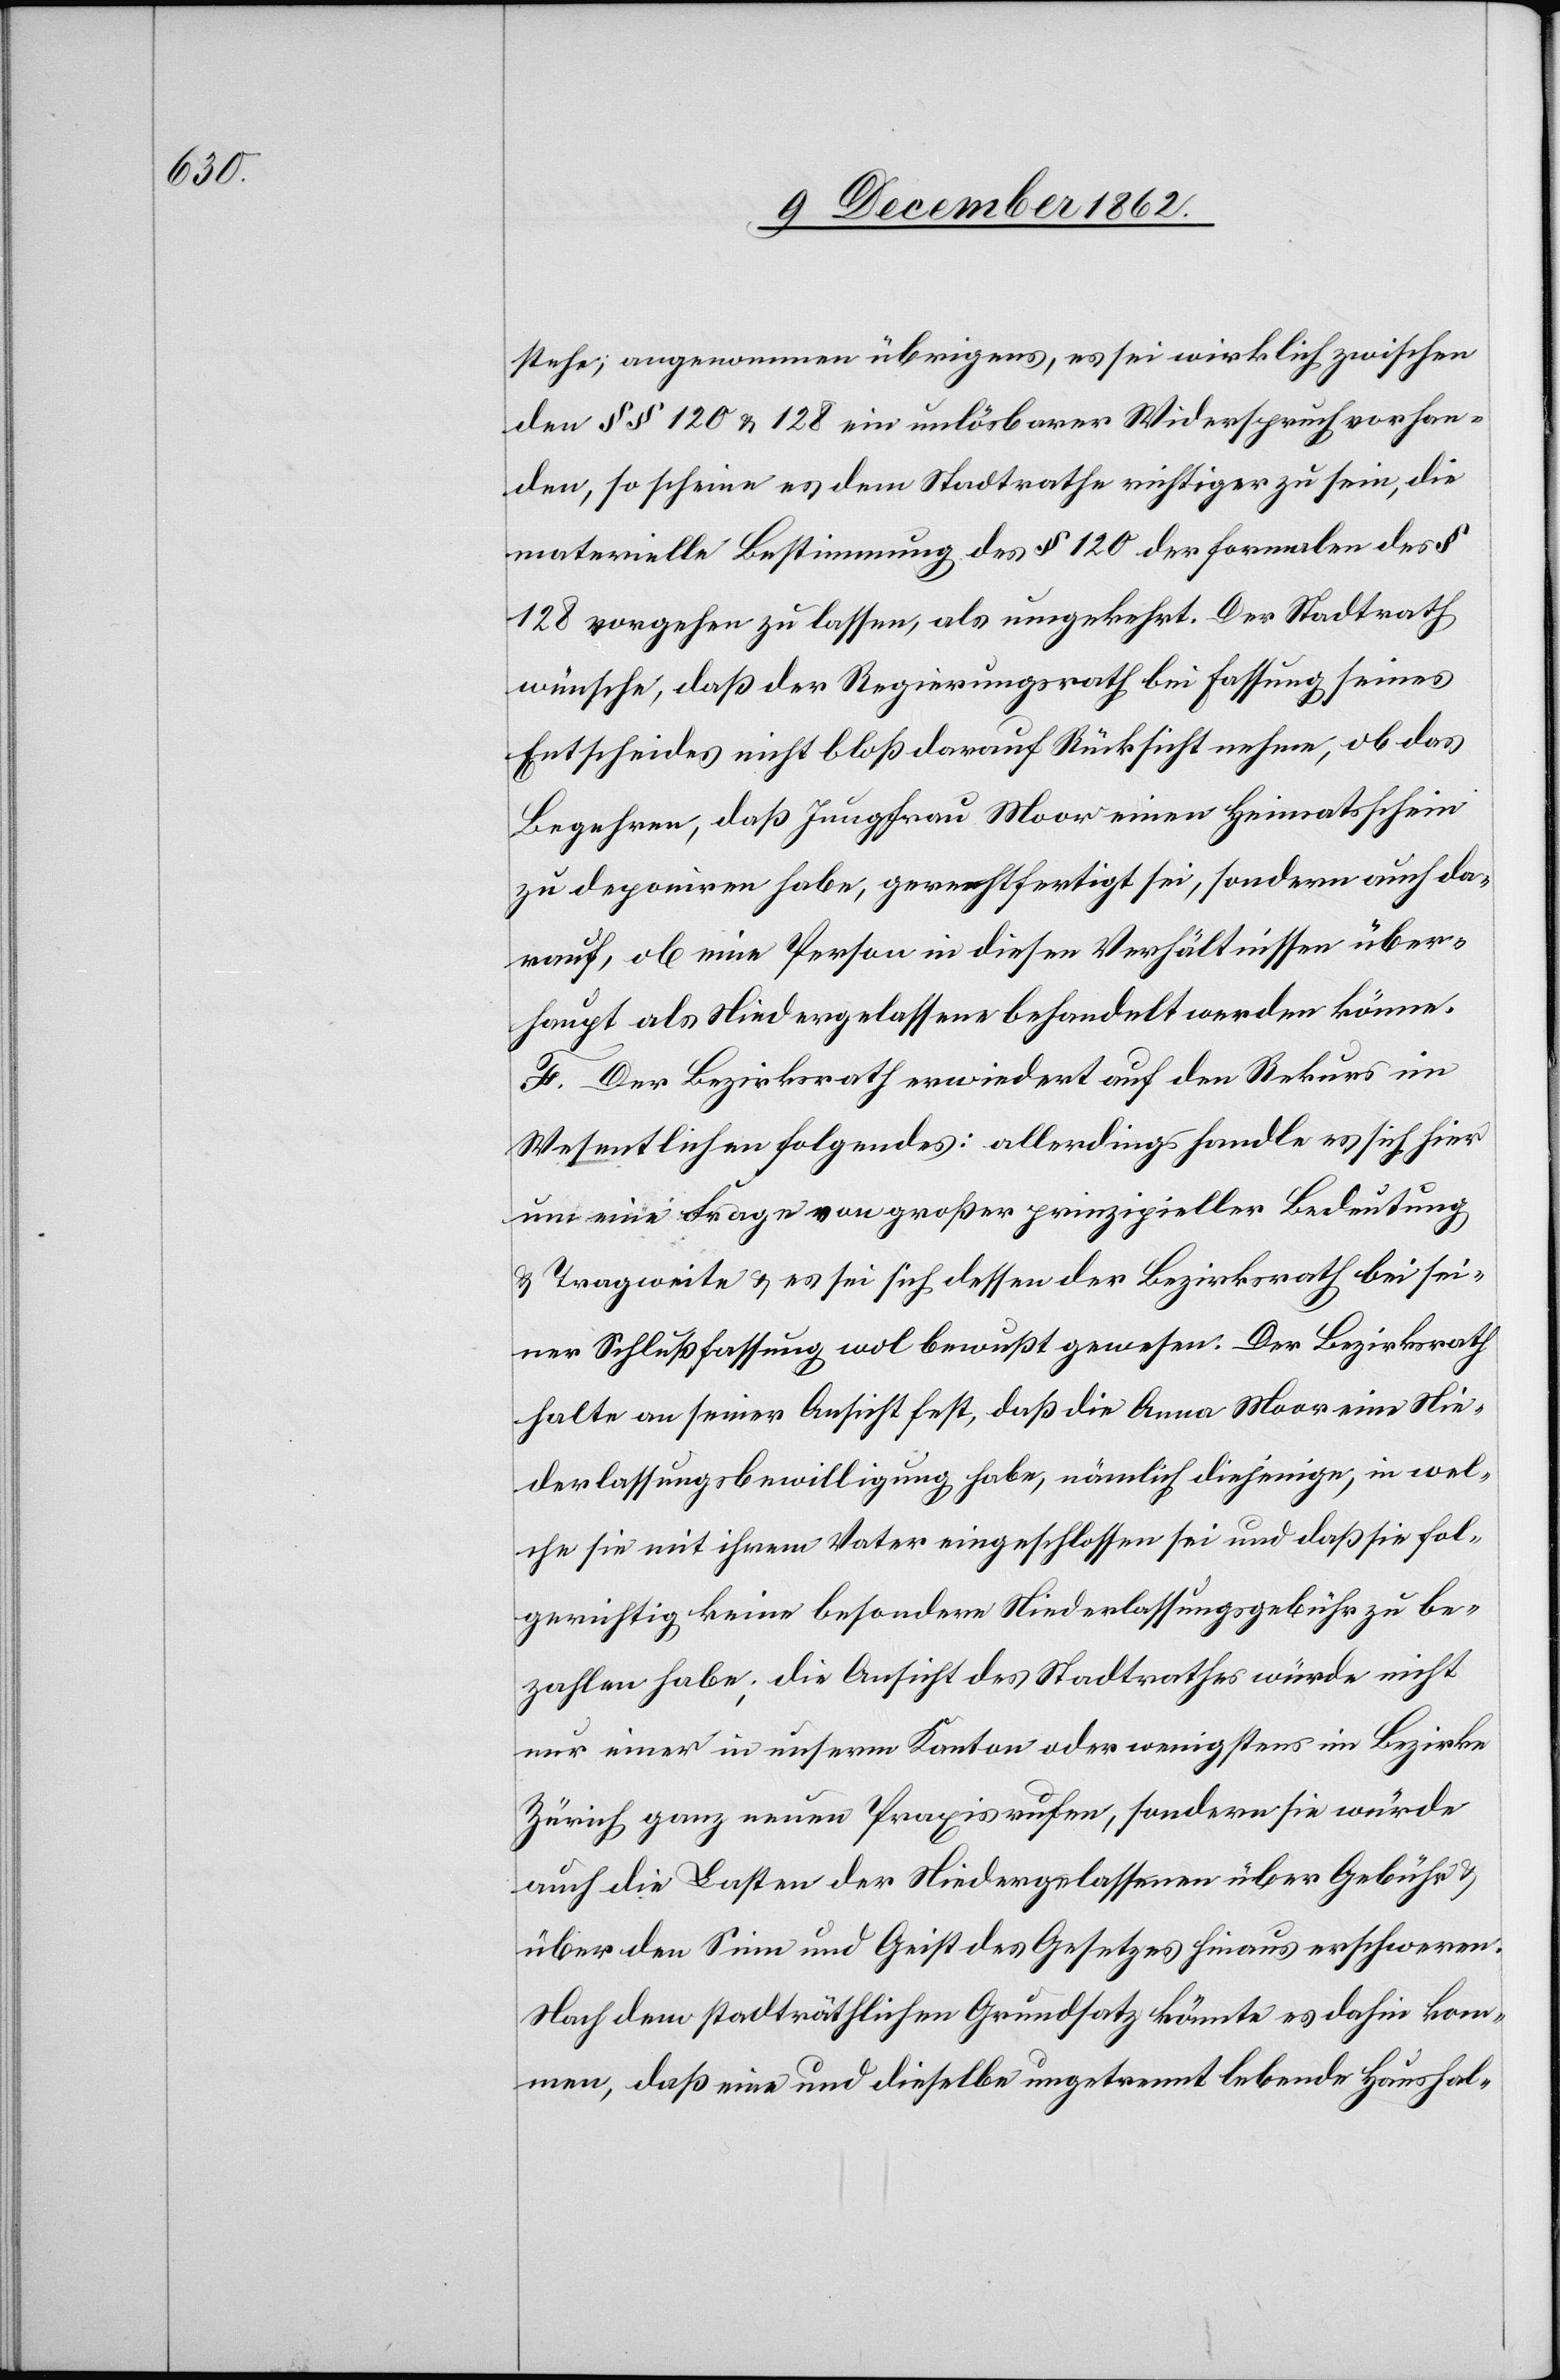
stehe; angenommen übrigens, es sei wirklich zwischen
den §§ 120 und 128 ein unlösbarer Widerspruch vorhan¬
den, so scheine es dem Stadtrathe richtiger zu sein, die
materielle Bestimmung des § 120 der formalen des §
128 vorgehen zu lassen, als umgekehrt. Der Stadtrath
wünsche, daß der Regierungsrath bei Fassung seines
Entscheides nicht bloß darauf Rücksicht nehme, ob das
Begehren, daß Jungfrau Moor einen Heimatsschein
zu deponiren habe, gerechtfertigt sei, sondern auch da¬
rauf, ob eine Person in diesen Verhältnissen über¬
haupt als Niedergelassene behandelt werden könne.
F. Der Bezirksrath erwiedert auf den Rekurs im
Wesentlichen folgendes: allerdings handle es sich hier
um eine Frage von großer prinzipieller Bedeutung
u. Tragweite u. es sei sich dessen der Bezirksrath bei sei¬
ner Schlußfassung wohl bewußt gewesen. Der Bezirksrath
halte an seiner Ansicht fest, daß die Anna Moor eine Nie¬
derlassungsbewilligung habe, nämlich diejenige, in wel¬
che sie mit ihrem Vater eingeschlossen sei und daß sie fol¬
gerichtig keine besondere Niederlassungsgebühr zu be¬
zahlen habe; die Ansicht des Stadtrathes würde nicht
nur einer in unserm Kanton oder wenigstens im Bezirke
Zürich ganz neuen Praxis rufen, sondern sie würde
auch die Lasten der Niedergelassenen über Gebühr u.
über den Sinn und Geist des Gesetzes hinaus erschweren.
Nach dem stadträthlichen Grundsatz könnte es dahin kom¬
men, daß eine und dieselbe ungetrennt lebende Haushal-